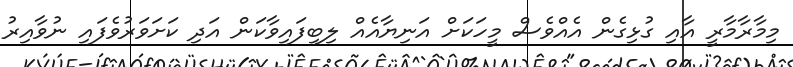
މިމާރާމާރީ އާއި ގުޅިގެން އެއްވެސް މީހަކަށް އަނިޔާއެއް ލިބިފައިވާކަން އަދި ކަށަވަރުވެފައި ނުވާއިރު